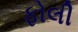
ફોલી